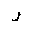
Letter: _ra